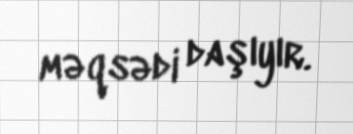
məqsədi daşıyır.